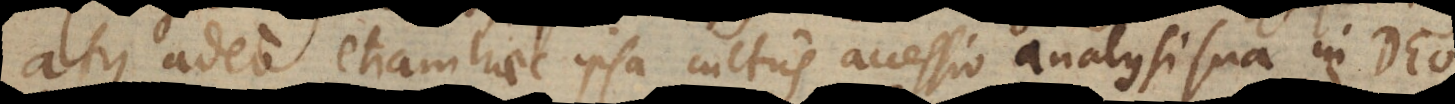
atque adeo etiam haec ipsa cultus accessio analysi sua in Deo